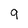
Character: 9